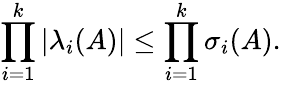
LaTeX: \prod_{i=1}^{k}\left|\lambda_{i}(A)\right|\leq\prod_{i=1}^{k}\sigma_{i}(A).